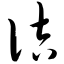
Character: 佶